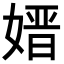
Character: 𡠂